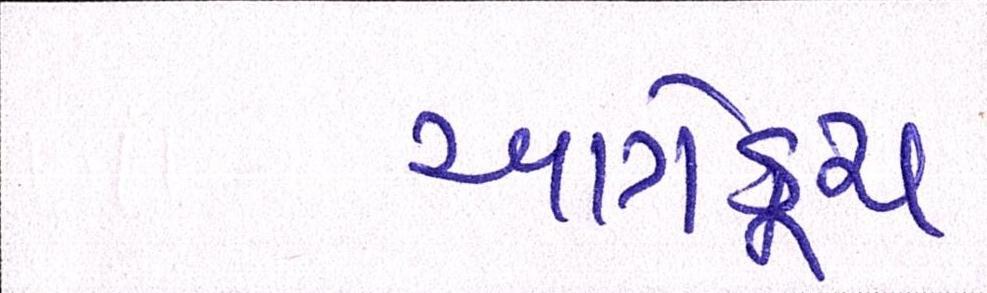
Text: આગેકૂચ